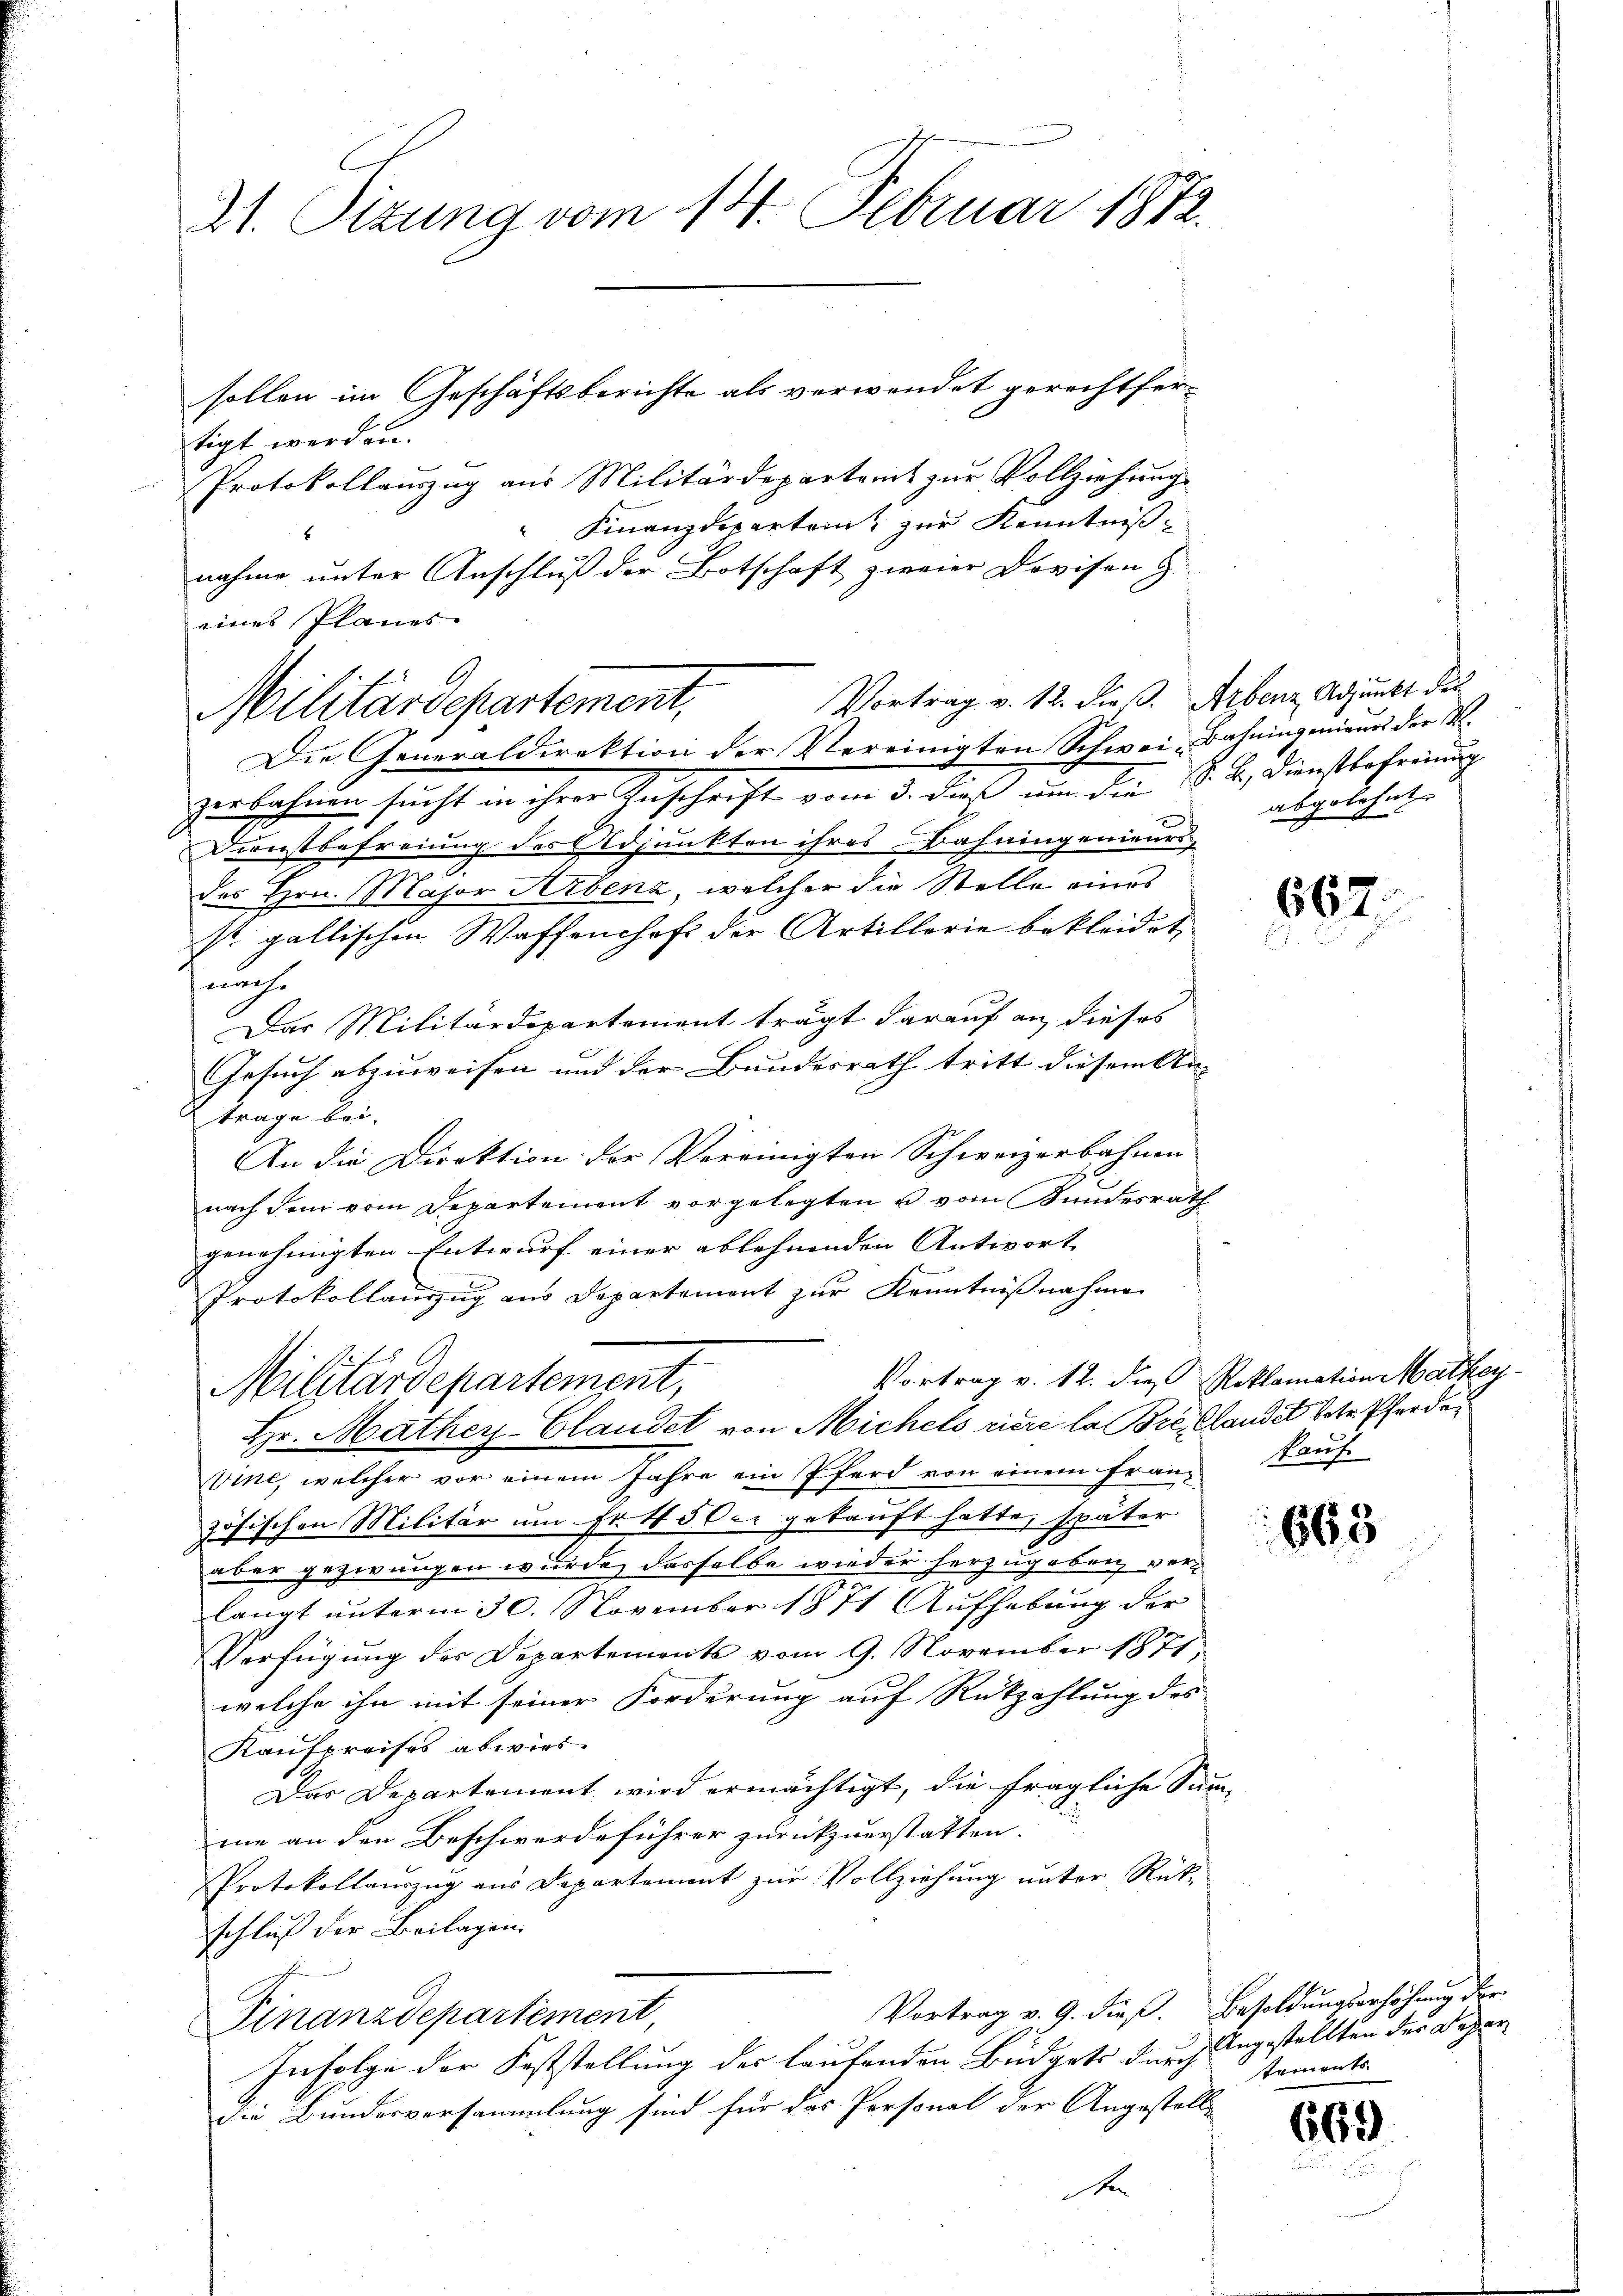
21. Sizung vom 14. Februar 1872.

eines Planes.
Vortrag v. 12. dieß. Arbenz Adjunkt des
Militärdepartement,
Die Generaldirektion der Vereinigten Schwei-Bahningenieurs der M.

tigt werden.
Protokollauszug aus Militärdepartamt zur Vollziehung
 Finanzdeparten zur Kenntnis-
nahme unter Anschluß der Botschaft zweier Devisen &
zurlehnen sucht in ihrer Zuschrift vom 3. dieß um die S. B. Dienstlehnung
Dienstbefreiung des Adjunkten ihres Bahningenieurs-
n
des Hrn. Major Herbenz, welcher die Stelle eines
st gallischen Waffenhaft der Artillerie bekleidet,
nach
Das Militärdepartement trägt darauf an dieses
Gesuch abzuweisen und der Bundesrath tritt diesem An-
trage bei.
An die Direktion der Vereinigten Schweizerbahnen
nach dem vom Departement vorgelegten u. vom Kundesrath
genehmigten Entwurf einer ablehnenden Antwort
Protokollauszug aus Departement zur Kenntnißnahme
Vortrag v. 12. die Reklamation Mathey
Militärdepartement,
Hr. Mathey-Clandet von Michels riere la Bre, Clauder betr. Pferde
vine, welcher vor einem Jahre ein Pferd von einem französischen Militär um Fr. 45 der gekauft hatte, später
oder gezwungen wurde, dasselbe wieder herzugeben verlangt unterm 30. November 1874 Aufhebung der
Verfügung des Departements vom 9. November 1871,
welche ihn mit seiner Forderung auf Rückzahlung des
Kaufpreises abwies.
Das Departement wird ermächtigt, die fragliche Siine an den Beschwerdeführer zurückzuerstatten.
Protokollauszug aus Departement zur Vollziehung unter Rück-
schluß der Beilagen
Vortrag v. 9. dieß.
Finanzdepartement,
Infolge der Feststellung des laufenden Büdgets durch
die Bundesversammlung sind für das Personal der Angestel¬

sollen im Geschäftsberichte als verwendet gerechtfer¬

abgelehnt.

662

Pauf

663

Besoldungserhöhung der
Angestellten der Depar
staments

669